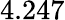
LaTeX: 4.247